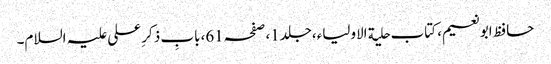
حافظ ابونعیم، کتاب حلیة الاولیاء،جلد1،صفحہ61،بابِ ذکر ِعلی علیہ السلام۔